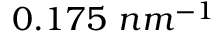
0 . 1 7 5 ~ n m ^ { - 1 }